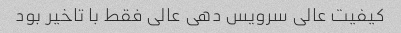
کیفیت عالی سرویس دهی عالی فقط با تاخیر بود